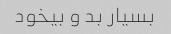
بسیار بد و بیخود